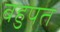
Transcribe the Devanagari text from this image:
बहुपत